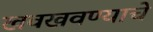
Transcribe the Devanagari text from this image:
खवखवण्याचे